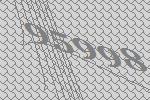
95998